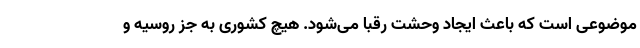
موضوعی است که باعث ایجاد وحشت رقبا می‌شود. هیچ کشوری به جز روسیه و